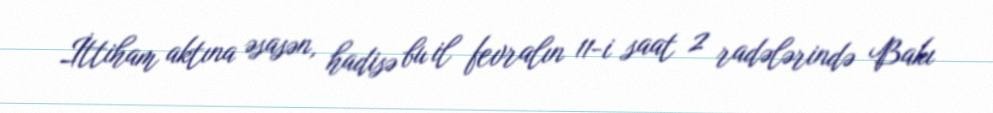
İttiham aktına əsasən, hadisə bu il fevralın 11-i saat 2 radələrində Bakı